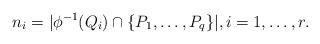
LaTeX: \begin{align*}n_i=|\phi^{-1}(Q_i)\cap\{P_1,\ldots, P_q\}|, i=1,\ldots, r.\end{align*}